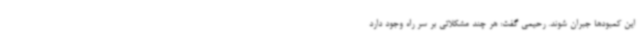
این کمبودها جبران شوند. رحیمی گفت: هر چند مشکلاتی بر سر راه وجود دارد